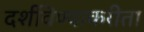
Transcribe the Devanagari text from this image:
दर्शविण्याकरीता